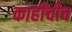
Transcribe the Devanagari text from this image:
काहींचीच